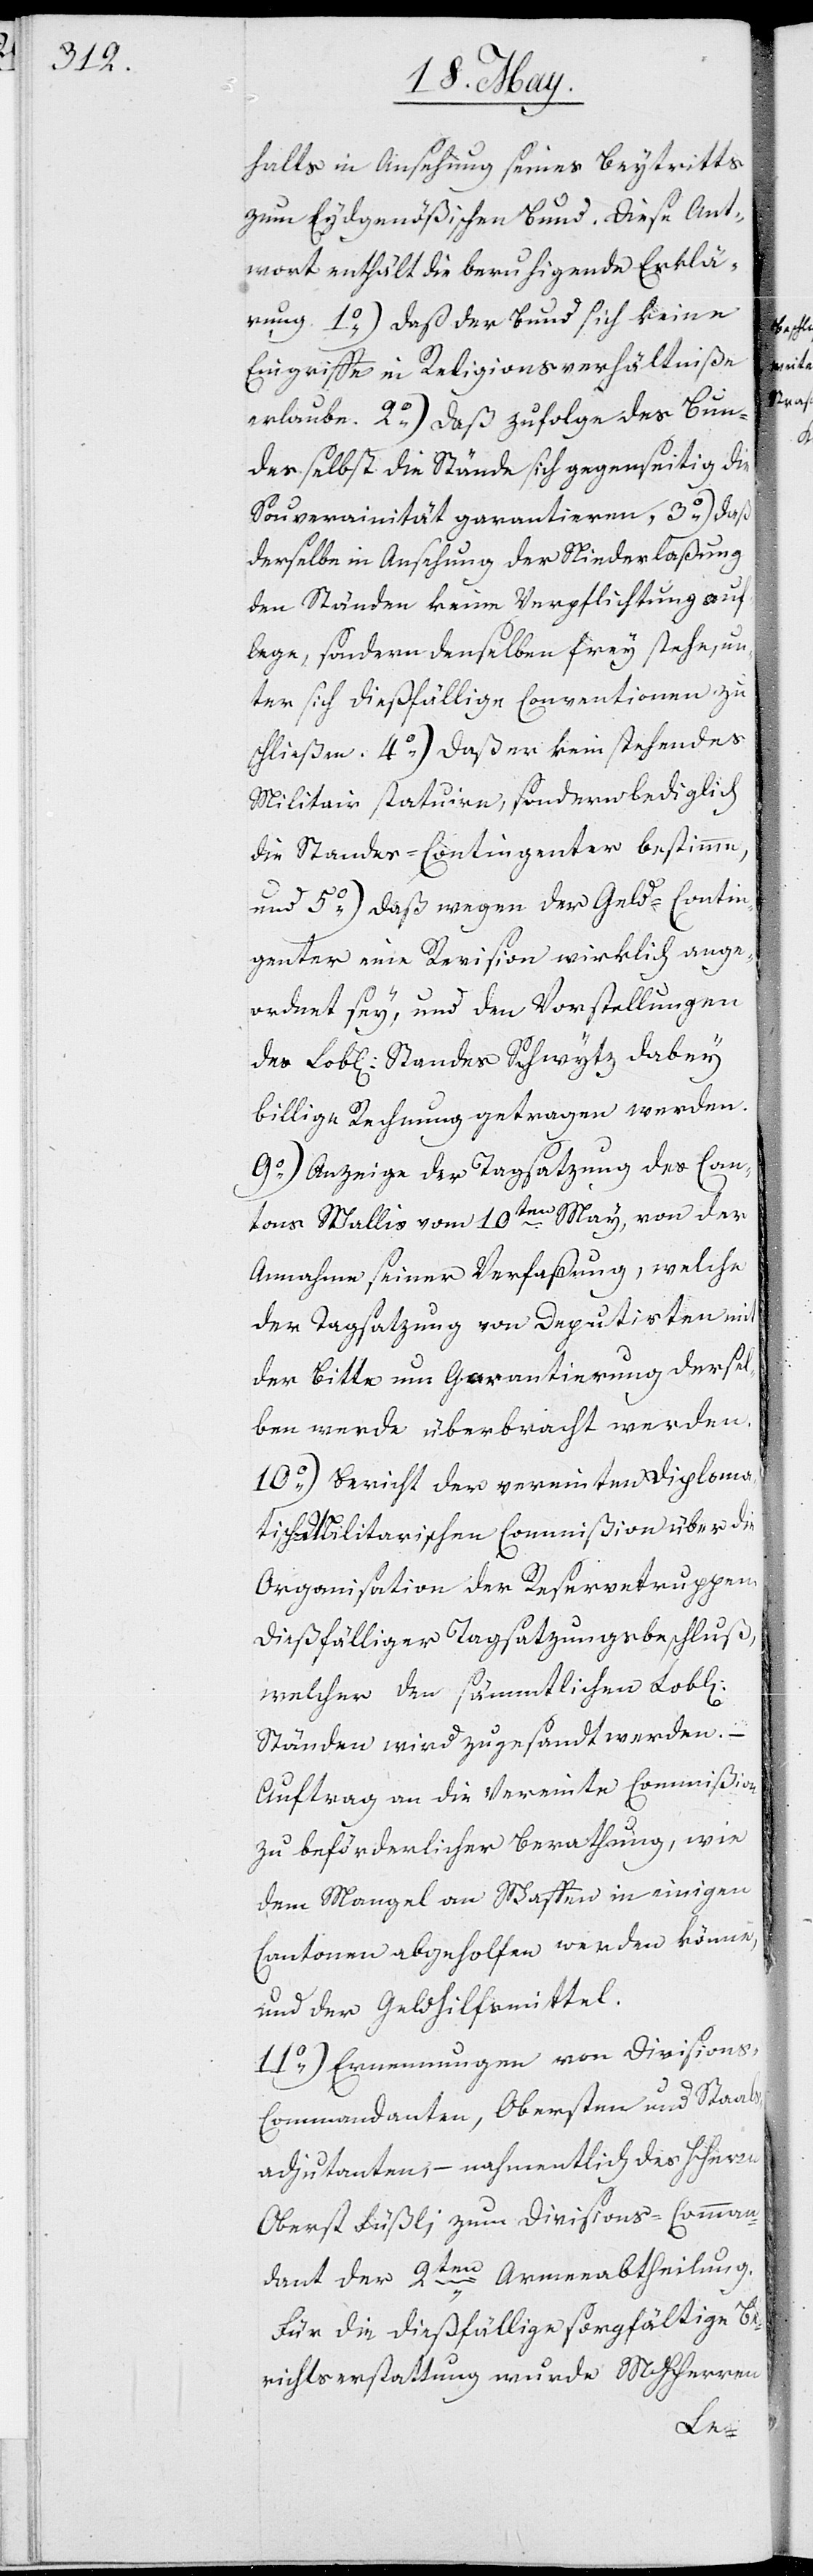
halts in Ansehung seines Beytritts
zum Eydsgenößischen Bund. Diese Ant¬
wort enthält die beruhigende Erklä¬
rung 1.) daß der Bund sich keine
Eingriffe in Religionsverhältniße
erlaube. 2.) daß zufolge des Bun¬
des selbst die Stände sich gegenseitig die
Souverainität garantieren, 3.) daß
derselbe in Ansehung der Niederlaßung
den Ständen keine Verpflichtung auf¬
lege, sondern denselben frey stehe, un¬
ter sich dießfällige Conventionen zu
schließen. 4.) daß er kein stehendes
Militair statuire, sondern lediglich
die Standes-Contingenter bestimme
und 5.) daß wegen der Geld-Contin¬
genter eine Revision wirklich ange¬
ordnet sey, und den Vorstellungen
des Lobl. Standes Schwytz dabey
billige Rechnung getragen werden
Anzeige der Tagsatzung des Can¬
tons Wallis vom 10ten May, von der
Annahme seiner Verfaßung, welche
der Tagsatzung von Deputirten mit
der Bitte um Garantierung dersel¬
ben werde überbracht werden.
10.) Bericht der vereinten Diploma¬
tisch Militarischen Commißion über die
Organisation der Reservetruppen.
Diesfälliger Tagsatzungsbeschluß,
welcher den sämmtlichen Lobl.
Ständen wird zugesandt werden.
Auftrag an die vereinte Commißion
zu beförderlicher Berathung, wie
dem Mangel an Waffen in einigen
Cantonen abgeholfen werden könne,
und der Geldhilfsmittel.
11.) Ernennungen von Divisions-C¬
ommandanten, Obersten und Staabs¬
adjutanten, – nahmentlich des Herrn
Oberst Füßli; zum Divisions-Comman¬
dant der 2ten Armeeabtheilung.
Für die dießfällige sorgfältige Be¬
richtserstattung wurde MHHerren